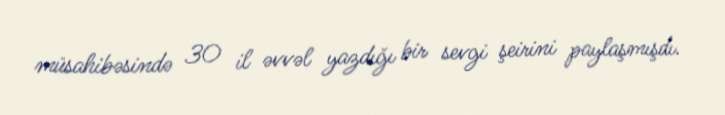
müsahibəsində 30 il əvvəl yazdığı bir sevgi şeirini paylaşmışdı.